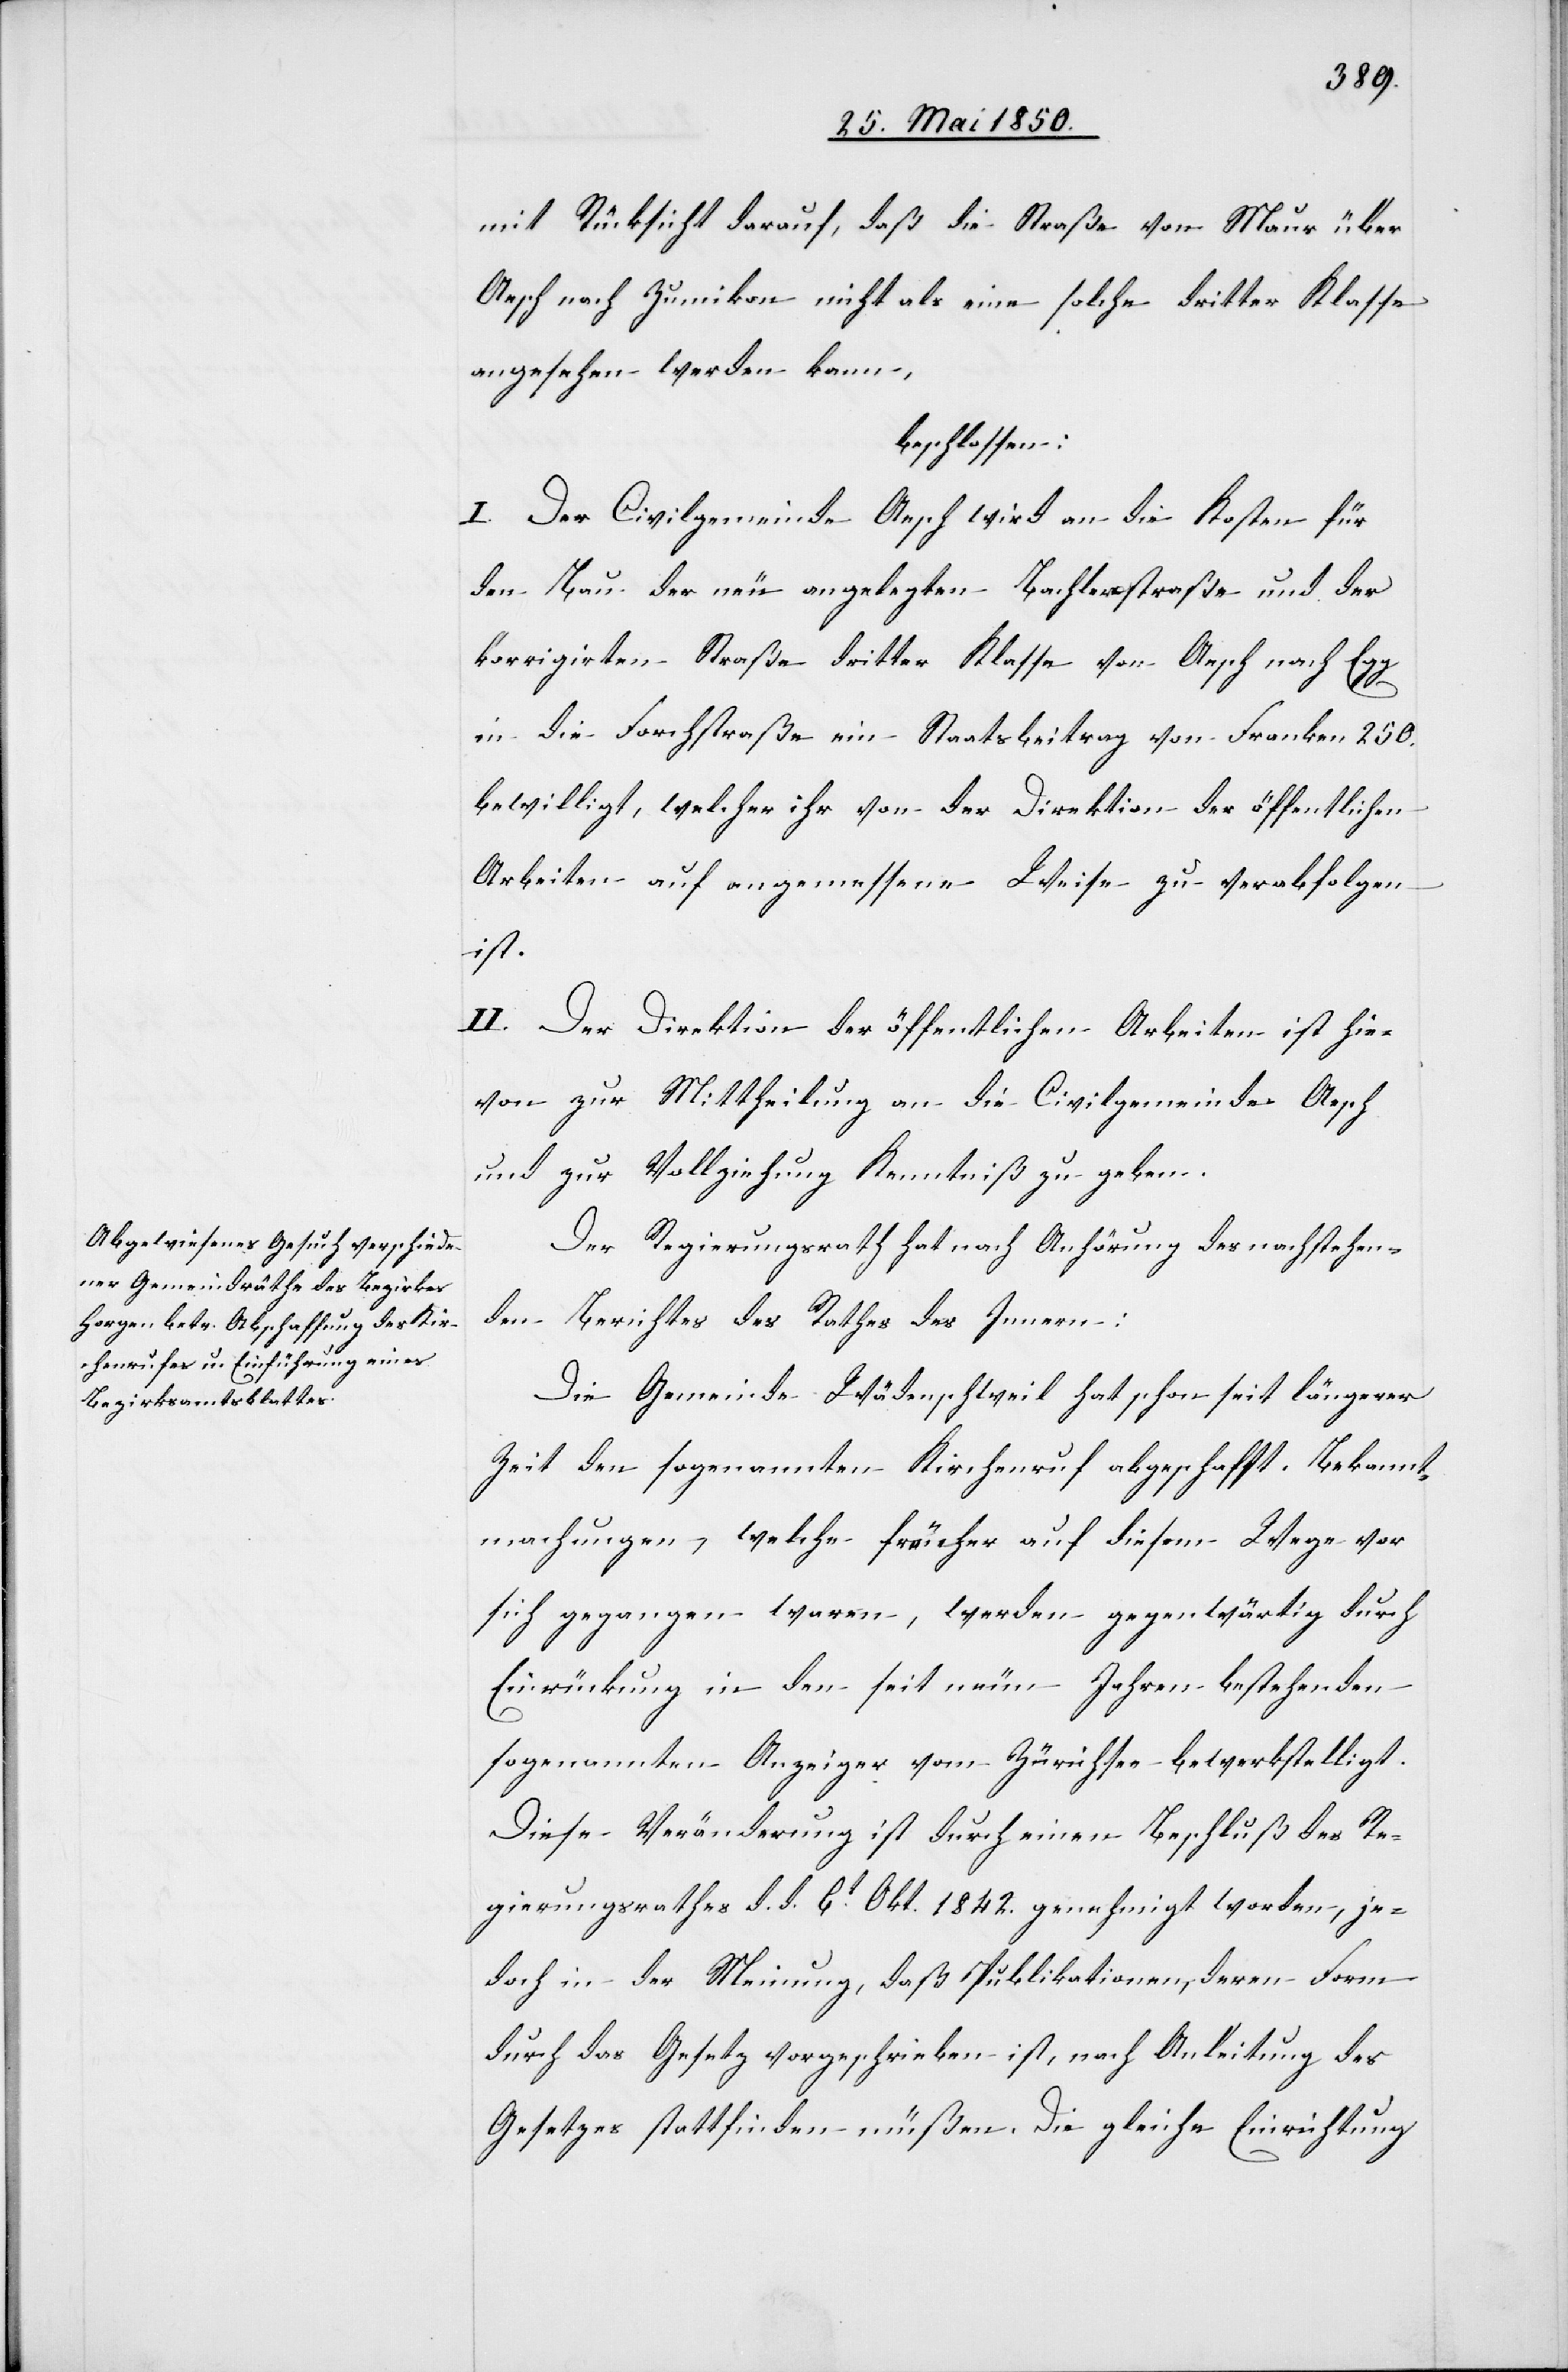
mit Rücksicht darauf, daß die Straße von Maur über
Aesch nach Zumikon nicht als eine solche dritter Klasse
angesehen werden kann,
beschlossen:
I. Der Civilgmeinde Aesch wird an die Kosten für
den Bau der neu angelegten Bachlerstraße und der
korrigirten Straße dritter Klasse von Aesch nach Egg
in die Forchstraße ein Staatsbeitrag von Franken 250.
bewilligt, welcher ihr von der Direktion der öffentlichen
Arbeiten auf angemessene Weise zu verabfolgen
ist.
II. Der Direktion der öffentlichen Arbeiten ist hie¬
von zur Mittheilung an die Civilgemeinde Aesch
und zur Vollziehung Kenntniß zu geben.
Der Regierungsrath hat nach Anhörung des nachstehen¬
den Berichtes des Rathes des Innern:
Die Gemeinde Wädenschweil hat schon seit längerer
Zeit den sogenannten Kirchenruf abgeschafft. Bekannt¬
machungen, welche früher auf diesem Wege vor
sich gegangen waren, werden gegenwärtig durch
Einrückung in den seit neun Jahren bestehenden
sogenannten Anzeiger vom Zürichsee bewerkstelligt.
Diese Veränderung ist durch einen Beschluß des Re¬
gierungsrathes d. d. 6t Okt. 1842. genehmigt worden, je¬
doch in der Meinung, daß Publikationen, deren Form
durch das Gesetz vorgeschrieben ist, nach Anleitung des
Gesetzes stattfinden müßen. Die gleiche Einrichtung